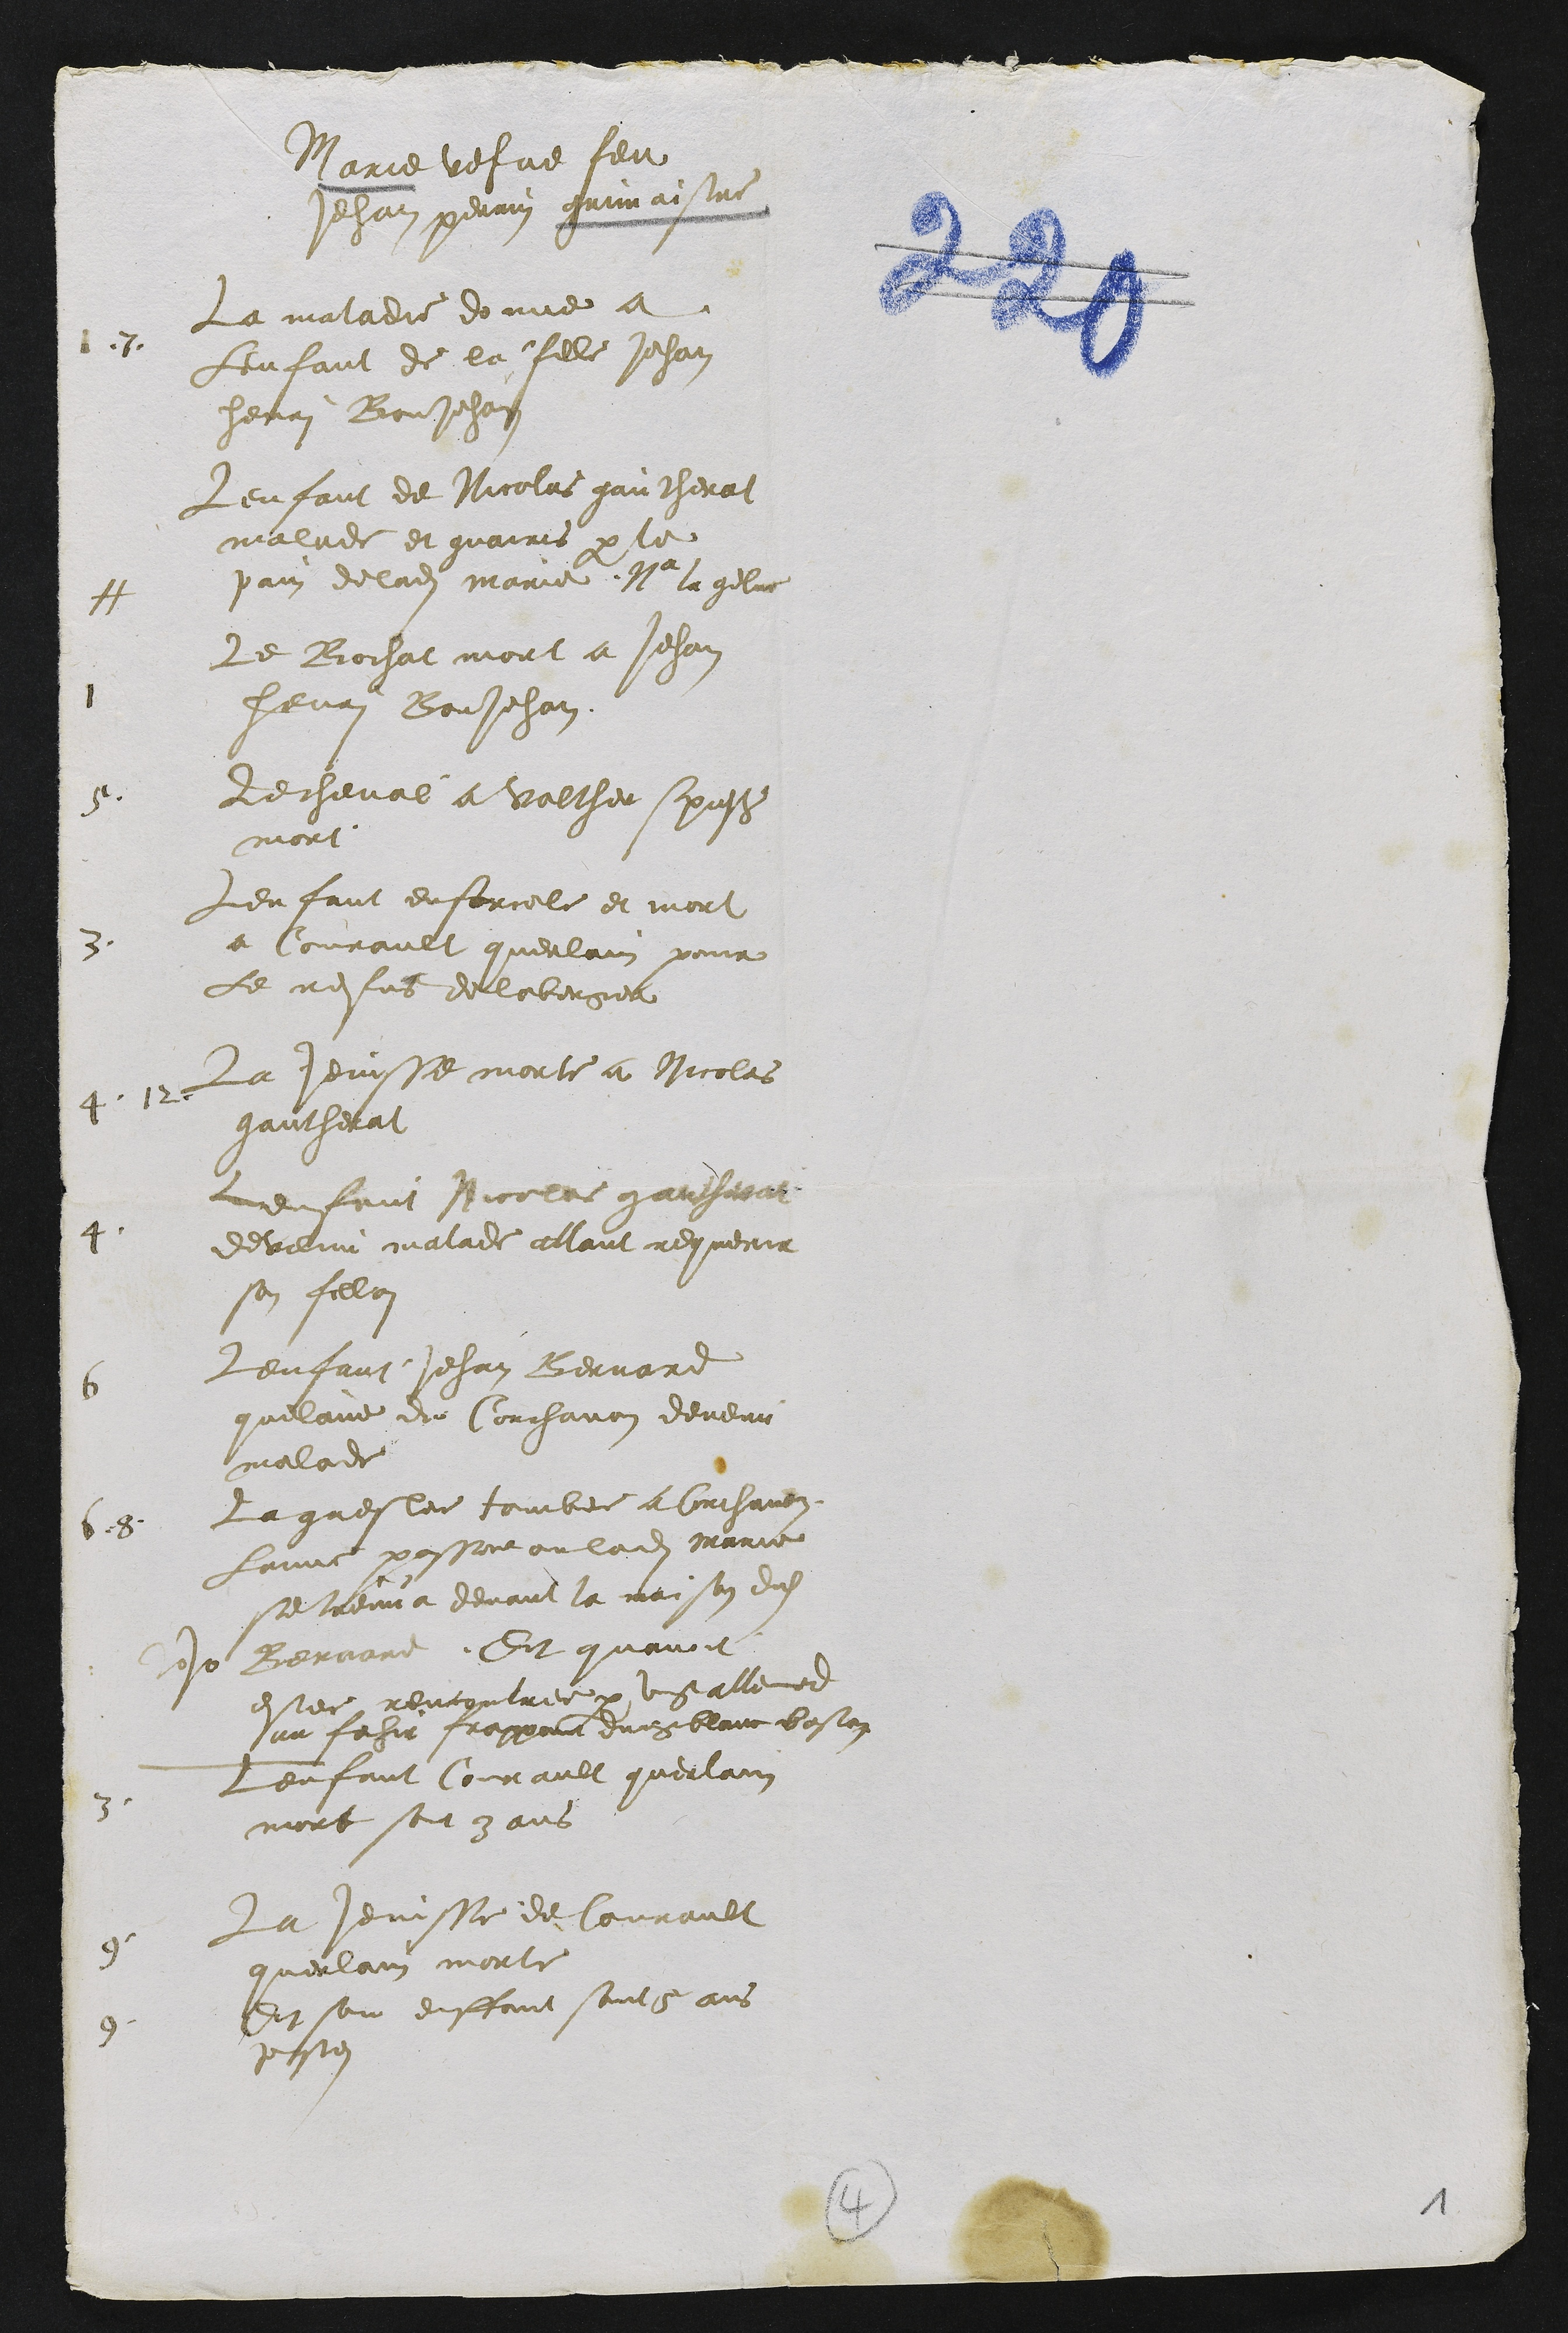
Marie vefve feu
Jehan perrin grimaistre
1.7.
La maladie donne a
Lenfant de la fille Jehan
henri BonJehan
Lenfant de Nicolas gautherat
malade et guairis par le
pain de ladite marie . Na la geline
+
1
Le Bochat mort a Jehan
henri BonJehan
5.
Le cheval a valther spres
mort.
3.
Lenfant enforcele et mort
a Conrault querlain pour
Le refus de laberger
4 .12.
La Jenisse morte a Nicolas
gautherat
4.
Lenfant Nicolas gautherat
devenu malade allant requerre
son fillion
6
Lenfant Jehan Bernard
quelaine de Corchavon devenu
malade
6 .8.
La greslee tombee a Corchavon
Lanne passee ou ladite marie
se treuva devant la maison dudit
Jehan Bernard, Et quavoit
estee rencontree par ung allemand
au fahir frappant dung blanc baston
3.
Lenfant Conrault querlain
mort sont 3 ans
9.
La Jenisse de Conrault
querlain morte
9.
Et son enffant sont 5 ans
passes